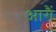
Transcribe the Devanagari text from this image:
आगैं